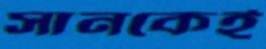
সানকেই